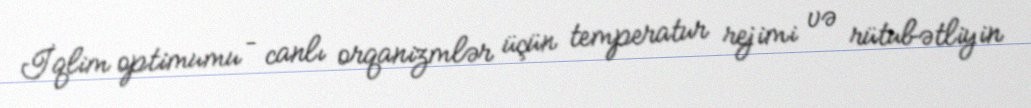
İqlim optimumu – canlı orqanizmlər üçün temperatur rejimi və rütubətliyin